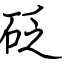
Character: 砭